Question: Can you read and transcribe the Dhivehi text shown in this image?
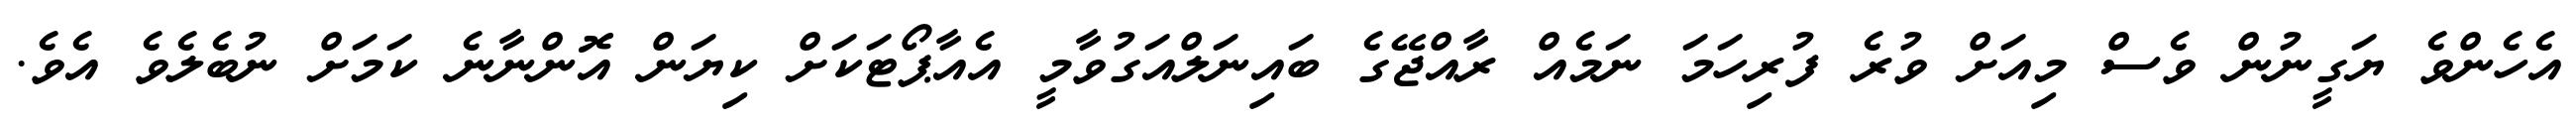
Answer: އެހެންވެ ޔަގީނުން ވެސް މިއަށް ވުރެ ފުރިހަމަ ނަމެއް ރާއްޖޭގެ ބައިނަލްއަގުވާމީ އެއާޕޯޓަކަށް ކިޔަން އޮންނާނެ ކަމަށް ނުބެލެވެ އެވެ.